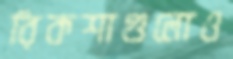
রিকশাগুলোও